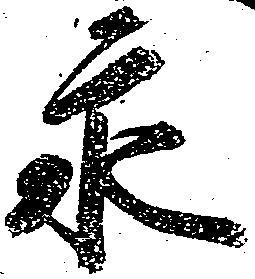
永